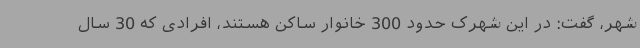
شهر، گفت: در این شهرک حدود 300 خانوار ساکن هستند، افرادی که 30 سال